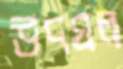
উদঘল